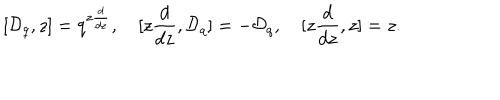
LaTeX: [ { \cal D } _ { q } , z ] = q ^ { z \frac { d } { d z } } , \quad [ z \frac { d } { d z } , { \cal D } _ { q } ] = - { \cal D } _ { q } , \quad [ z \frac { d } { d z } , z ] = z .